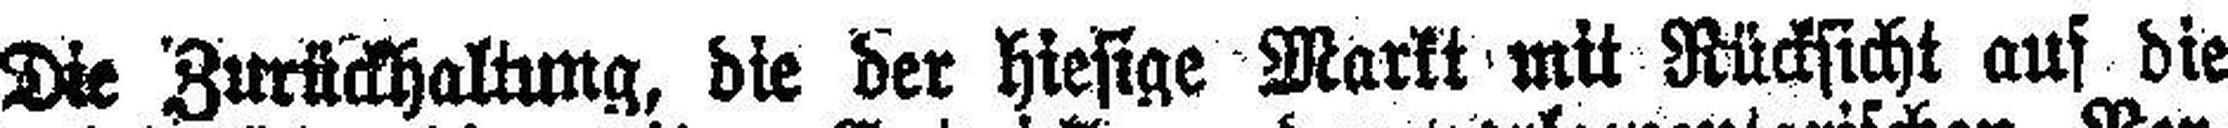
Die Zurückhaltung, die der hiesige Markt mit Rücksicht auf die